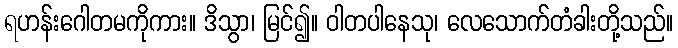
ရဟန်းဂေါတမကိုကား။ ဒိသွာ၊ မြင်၍။ ဝါတပါနေသု၊ လေသောက်တံခါးတို့သည်။